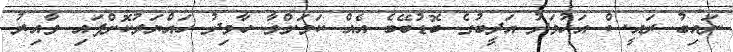
ނައިބު ރައީސް އަހުމަދު އަދީބުގެ ބޮޑުބޭބެ އެއް ކަމަށްވާ ހާމިދު ހައްޔަރުކޮށްފައި ވާއިރު